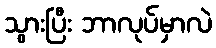
သွားပြီး ဘာလုပ်မှာလဲ